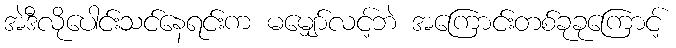
အဲဒီလိုပေါင်းသင်နေရင်းက မမျှော်လင့်ဘဲ အကြောင်းတစ်ခုခုကြောင့်